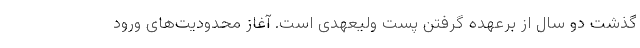
گذشت دو سال از برعهده گرفتن پست ولیعهدی است. آغاز محدودیت‌های ورود